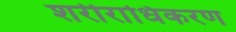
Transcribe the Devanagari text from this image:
शरीराधिकरण